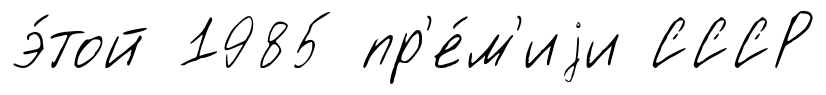
э́той 1985 пр'е́м'иjи СССР